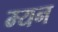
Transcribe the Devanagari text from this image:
म्यन